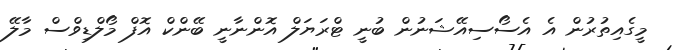
މީގެއިތުރުން އެ އެސޯސިއޭޝަނުން ބުނީ ޓްރަޔަލް އޮންނާނީ ބޭންކް އޮފް މޯލްޑިވްސް މާލޭ